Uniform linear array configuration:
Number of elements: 24
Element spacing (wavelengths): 0.75
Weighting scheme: kaiser
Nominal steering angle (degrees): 30
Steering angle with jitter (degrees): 29.523
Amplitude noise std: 0.05
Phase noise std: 0.05

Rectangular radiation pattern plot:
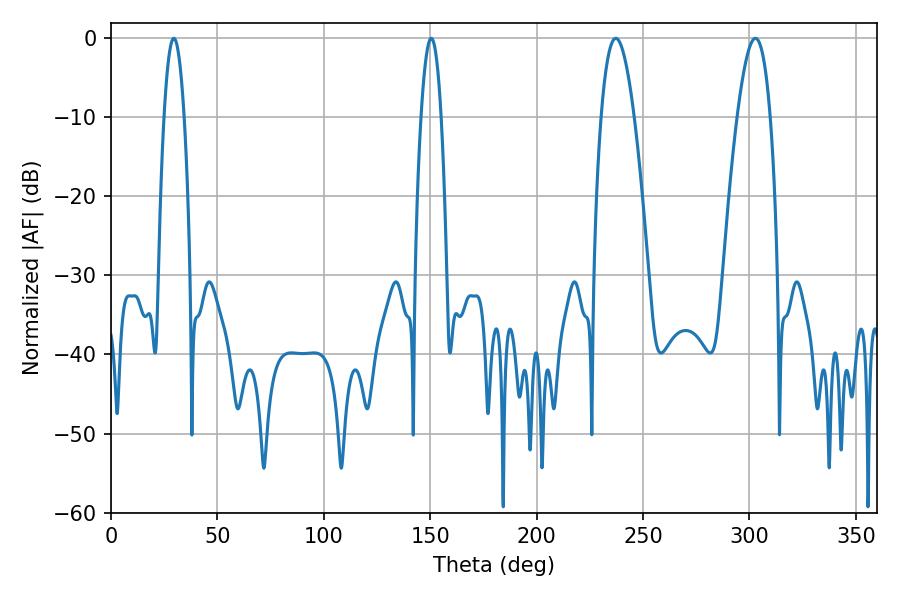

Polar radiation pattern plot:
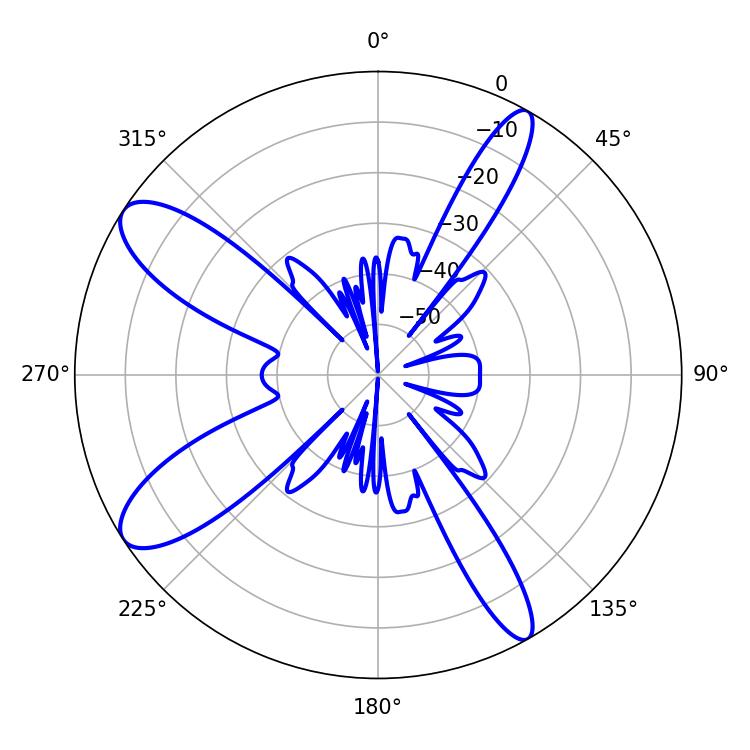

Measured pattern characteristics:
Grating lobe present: TRUE
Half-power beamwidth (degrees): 5.22
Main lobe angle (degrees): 29.52